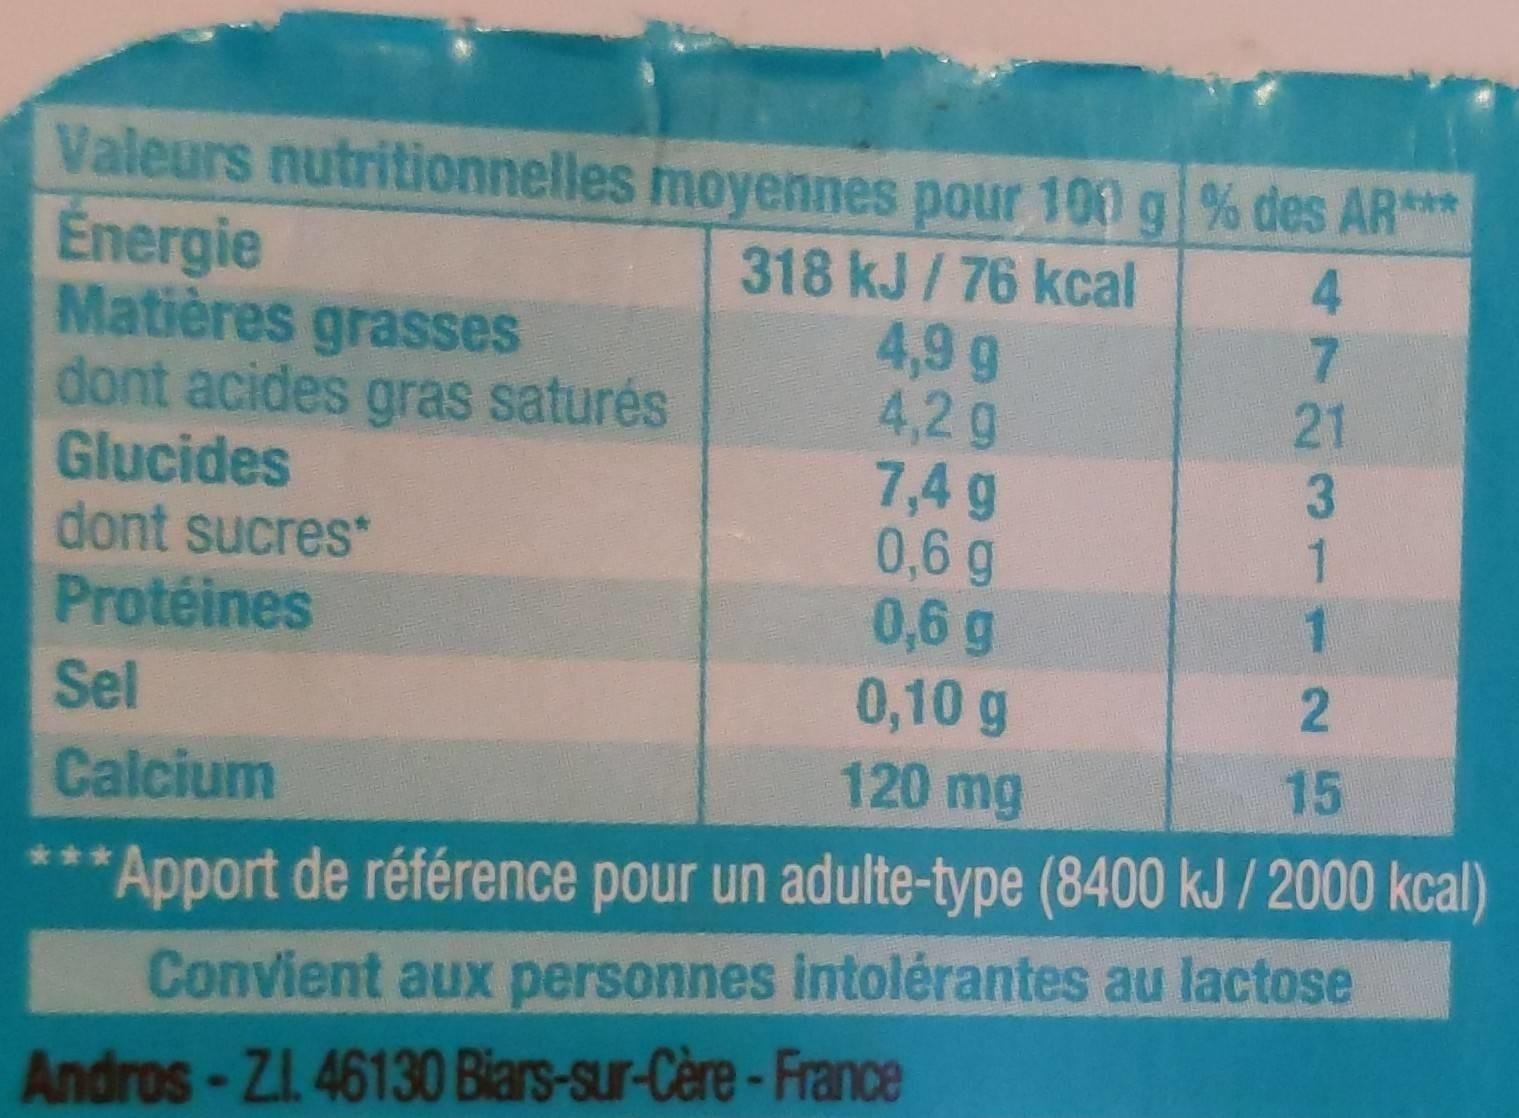
Energie Matières grasses dont acides gras saturés Glucides dont sucres* Protéines
Valeurs nutritionnelles moyennes pour 100 g| % des AR** 318 kJ/ 76 kcal 4,9 g 4,2g 7,4 g 0,6 g 0,6 g 0,10 g 120 mg
4.
21
3 1
1
Sel
15
Calcium
Apport de référence pour un adulte-type (8400 kJ / 2000 kcal)
Convient aux personnes intolérantes au lactose
Andros-Zl. 46130 Biars-sur-Cère-France